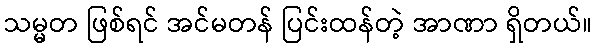
သမ္မတ ဖြစ်ရင် အင်မတန် ပြင်းထန်တဲ့ အာဏာ ရှိတယ်။